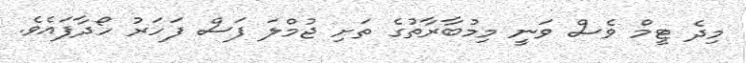
މިދެ ޓީމް ވެސް ވަނީ މިމުބާރާތުގެ ތަށި ޖުމްލަ ފަސް ފަހަރު ހޯދާފައެވެ.